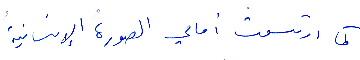
كما ارتسمت أمامي الصورة الإنسانية